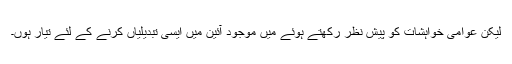
لیکن عوامی خواہشات کو پیش نظر رکھتے ہوئے میں موجود آئین میں ایسی تبدیلیاں کرنے کے لئے تیار ہوں۔